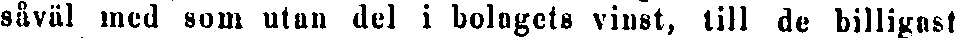
såväl med som utan del i bolagets vinst, till de billigast